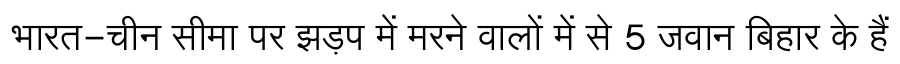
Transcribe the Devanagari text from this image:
भारत-चीन सीमा पर झड़प में मरने वालों में से 5 जवान बिहार के हैं